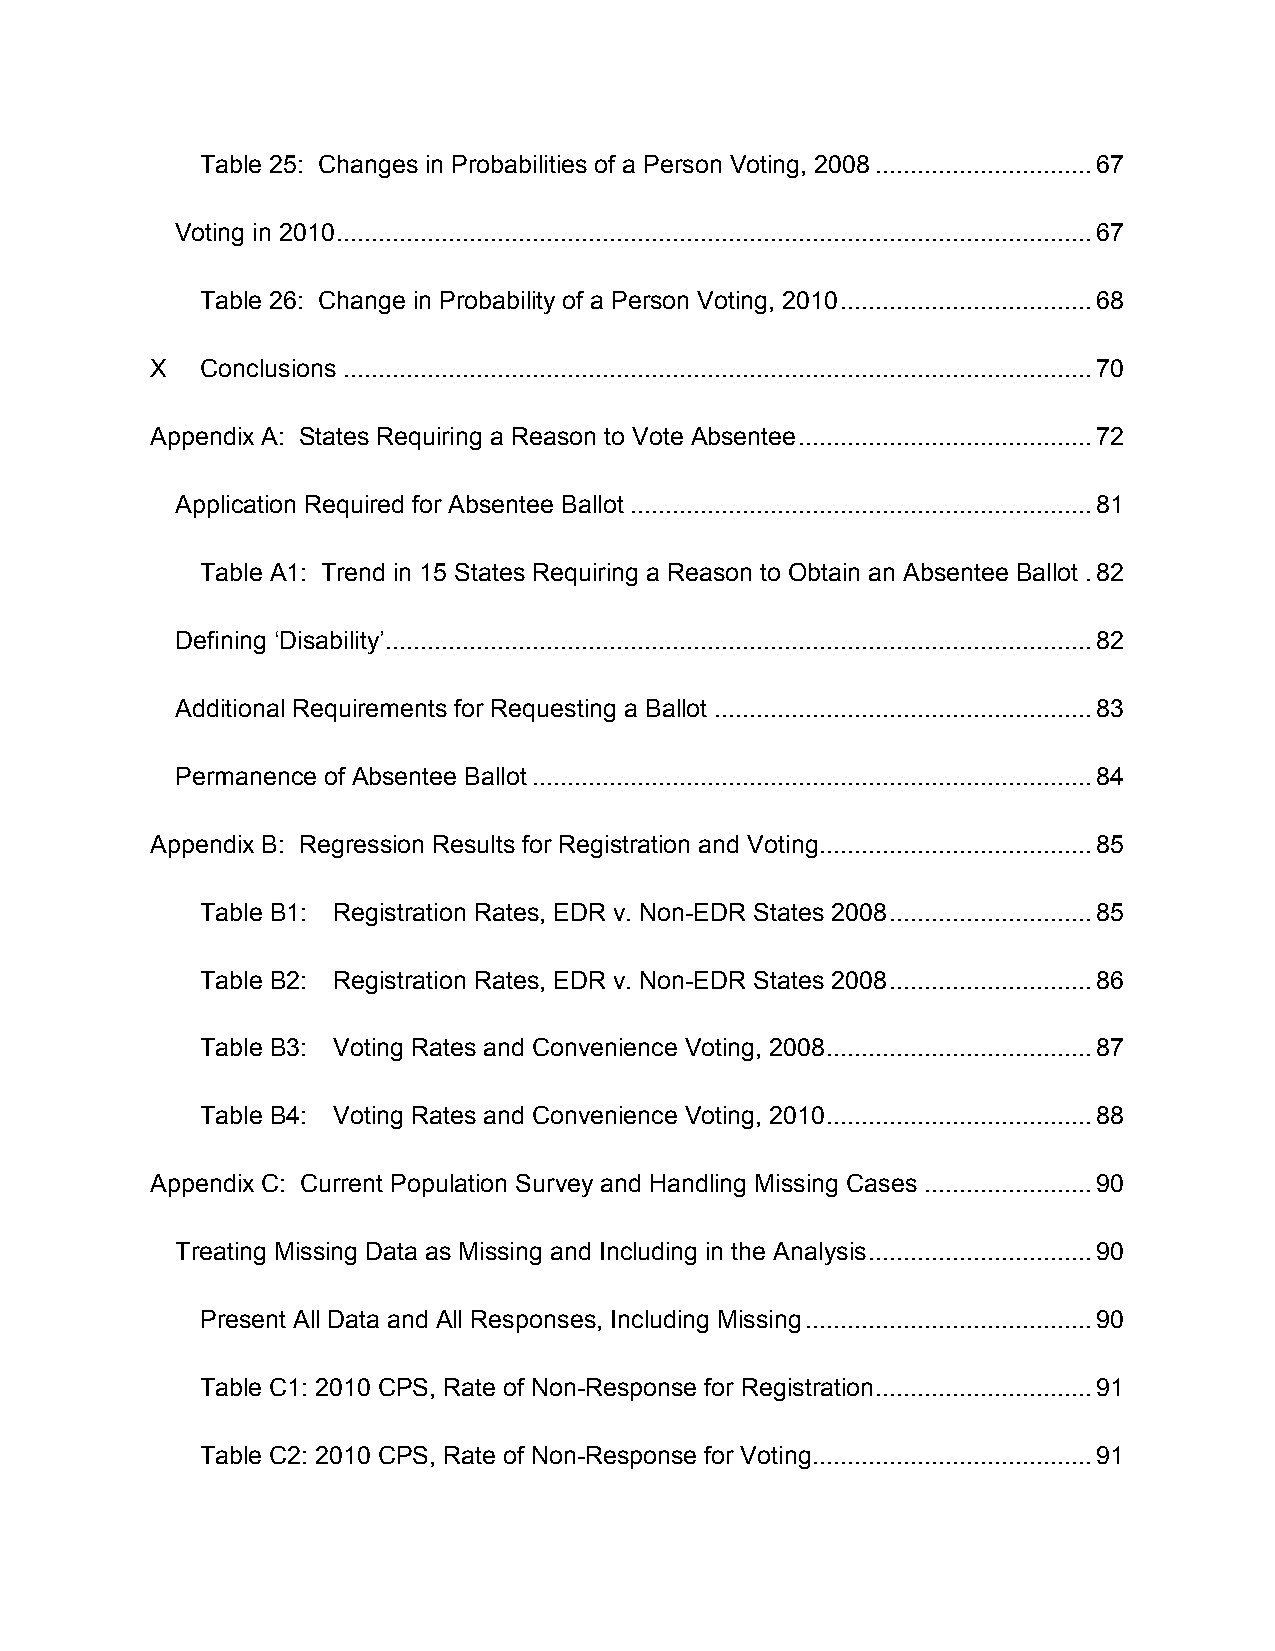
Table 25: Changes in Probabilities of a Person Voting, 2008 ............................... 67
 Voting in 2010 ............................................................................................................ 67
 Table 26: Change in Probability of a Person Voting, 2010 .................................... 68
 X  Conclusions ........................................................................................................... 70
 Appendix A: States Requiring a Reason to Vote Absentee .......................................... 72
 Application Required for Absentee Ballot .................................................................. 81
 Table A1: Trend in 15 States Requiring a Reason to Obtain an Absentee Ballot . 82
 Defining ‘Disability’ ..................................................................................................... 82
 Additional Requirements for Requesting a Ballot ...................................................... 83
 Permanence of Absentee Ballot ................................................................................ 84
 Appendix B: Regression Results for Registration and Voting ....................................... 85
 Table B1: Registration Rates, EDR v. Non-EDR States 2008 ............................. 85
 Table B2: Registration Rates, EDR v. Non-EDR States 2008 ............................. 86
 Table B3: Voting Rates and Convenience Voting, 2008 ...................................... 87
 Table B4: Voting Rates and Convenience Voting, 2010 ...................................... 88
 Appendix C: Current Population Survey and Handling Missing Cases ........................ 90
 Treating Missing Data as Missing and Including in the Analysis ................................ 90
 Present All Data and All Responses, Including Missing ......................................... 90
 Table C1: 2010 CPS, Rate of Non-Response for Registration ............................... 91
 Table C2: 2010 CPS, Rate of Non-Response for Voting ........................................ 91